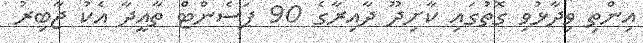
އިންތި ވިދާޅުވި ގޮތުގައި ކާށިދޫ ދާއިރާގެ 90 ޕަސެންޓް ތާއީދާ އެކު ޖާބިރު